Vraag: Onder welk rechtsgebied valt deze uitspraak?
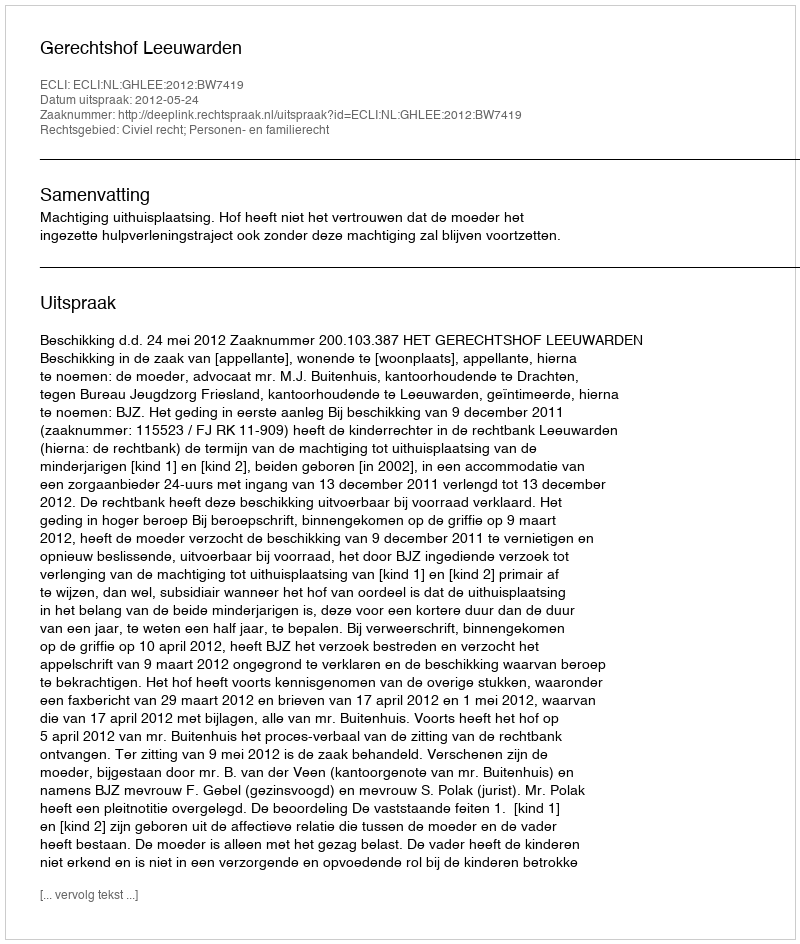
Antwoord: Civiel recht; Personen- en familierecht